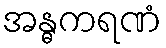
အန္ဓကရဏံ